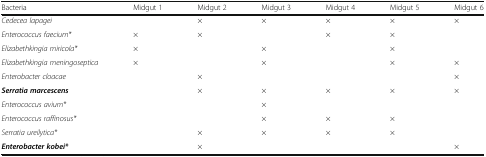
| Bacteria | Midgut 1 | Midgut 2 | Midgut 3 | Midgut 4 | Midgut 5 | Midgut 6 |
 | --- | --- | --- | --- | --- | --- | --- |
 | Cedecea lapagei |  | × | × | × | × | × |
 | Enterococcus faecium* | × | × |  | × | × |  |
 | Elizabethkingia miricola* | × |  | × |  | × |  |
 | Elizabethkingia meningoseptica | × |  | × |  | × | × |
 | Enterobacter cloacae |  | × |  |  |  | × |
 | Serratia marcescens |  | × | × | × | × | × |
 | Enterococcus avium* |  |  | × |  |  |  |
 | Enterococcus raffinosus* |  |  | × | × | × |  |
 | Serratia ureilytica* |  | × | × | × | × |  |
 | Enterobacter kobei* |  | × |  |  |  | × |